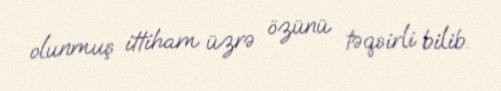
olunmuş ittiham üzrə özünü təqsirli bilib.